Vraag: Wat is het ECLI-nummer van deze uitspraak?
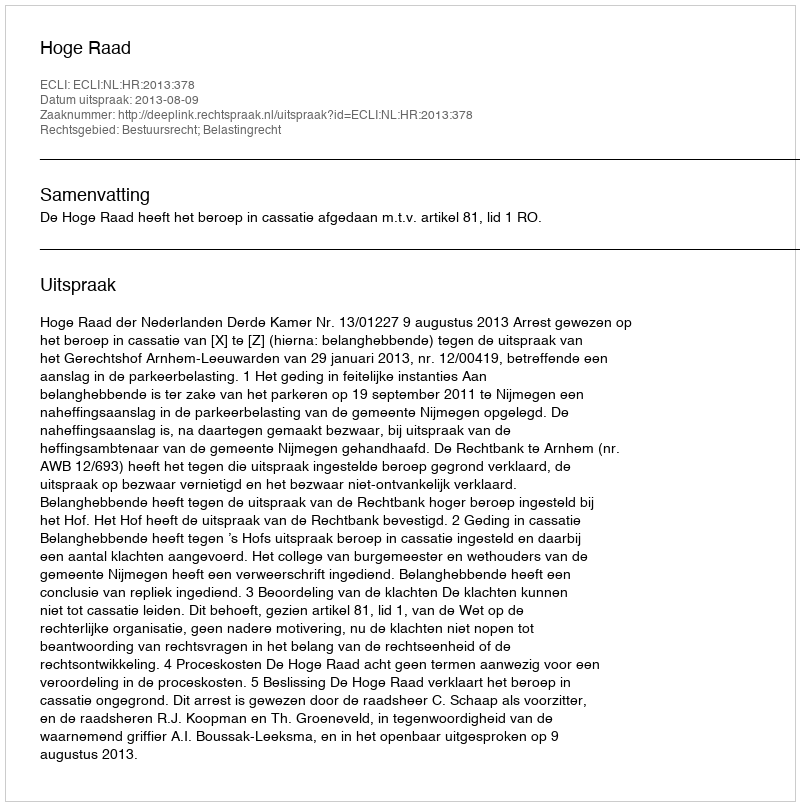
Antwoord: ECLI:NL:HR:2013:378